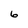
Character: 6